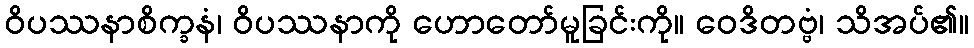
ဝိပဿနာစိက္ခနံ၊ ဝိပဿနာကို ဟောတော်မူခြင်းကို။ ဝေဒိတဗ္ဗံ၊ သိအပ်၏။